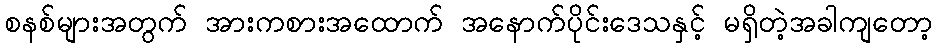
စနစ်များအတွက် အားကစားအထောက် အနောက်ပိုင်းဒေသနှင့် မရှိတဲ့အခါကျတော့